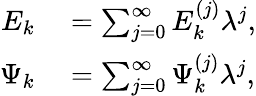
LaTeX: \begin{array}{rl}{E_{k}}&{{}=\sum_{j=0}^{\infty}E_{k}^{(j)}\lambda^{j},}\\ {\Psi_{k}}&{{}=\sum_{j=0}^{\infty}\Psi_{k}^{(j)}\lambda^{j},}\end{array}